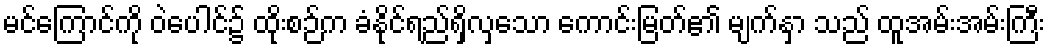
မင်ကြောင်ကို ဝဲပေါင်၌ ထိုးစဉ်က ခံနိုင်ရည်ရှိလှသော ကောင်းမြတ်၏ မျက်နှာ သည် ထူအမ်းအမ်းကြီး